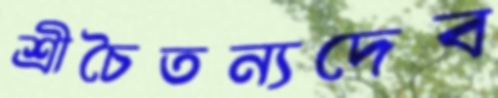
শ্রীচৈতন্যদেব